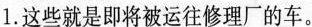
1.这些就是即将被运往修理厂的车。